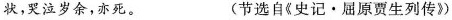
状,哭注岁余,亦死(节选自《史记·癌原贾生列传》)